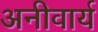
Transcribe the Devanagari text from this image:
अनीवार्य